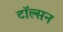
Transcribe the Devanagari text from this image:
टॉल्सन